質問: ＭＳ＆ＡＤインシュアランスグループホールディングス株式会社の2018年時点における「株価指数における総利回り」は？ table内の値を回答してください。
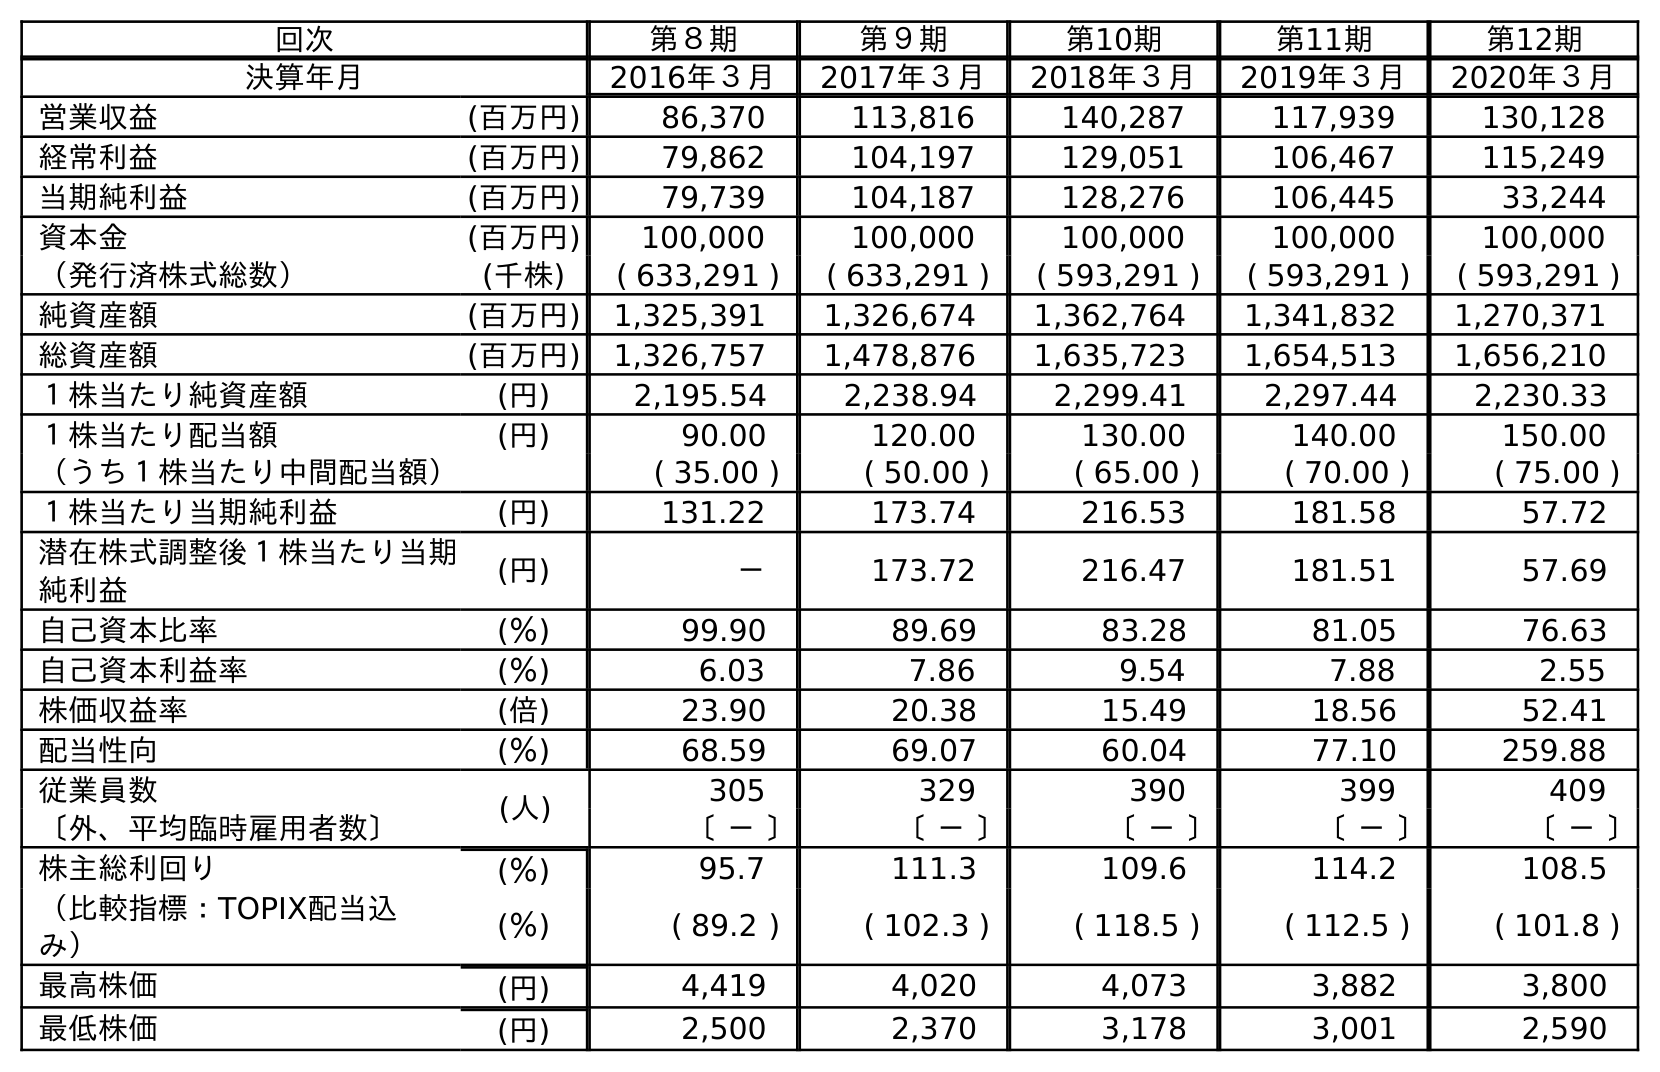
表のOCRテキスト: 回次 第８期 第９期 第10期 第11期 第12期 決算年月 2016年３月 2017年３月 2018年３月 2019年３月 2020年３月 営業収益 (百万円) 86,370 113,816 140,287 117,939 130,128 経常利益 (百万円) 79,862 104,197 129,051 106,467 115,249 当期純利益 (百万円) 79,739 104,187 128,276 106,445 33,244 資本金 (百万円) 100,000 100,000 100,000 100,000 100,000 （発行済株式総数） (千株) ( 633,291 ) ( 633,291 ) ( 593,291 ) ( 593,291 ) ( 593,291 ) 純資産額 (百万円) 1,325,391 1,326,674 1,362,764 1,341,832 1,270,371 総資産額 (百万円) 1,326,757 1,478,876 1,635,723 1,654,513 1,656,210 １株当たり純資産額 (円) 2,195.54 2,238.94 2,299.41 2,297.44 2,230.33 １株当たり配当額 (円) 90.00 120.00 130.00 140.00 150.00 （うち１株当たり中間配当額） ( 35.00 ) ( 50.00 ) ( 65.00 ) ( 70.00 ) ( 75.00 ) １株当たり当期純利益 (円) 131.22 173.74 216.53 181.58 57.72 潜在株式調整後１株当たり当期 純利益 (円) － 173.72 216.47 181.51 57.69 自己資本比率 (％) 99.90 89.69 83.28 81.05 76.63 自己資本利益率 (％) 6.03 7.86 9.54 7.88 2.55 株価収益率 (倍) 23.90 20.38 15.49 18.56 52.41 配当性向 (％) 68.59 69.07 60.04 77.10 259.88 従業員数 (人) 305 329 390 399 409 〔外、平均臨時雇用者数〕 〔 － 〕 〔 － 〕 〔 － 〕 〔 － 〕 〔 － 〕 株主総利回り (％) 95.7 111.3 109.6 114.2 108.5 （比較指標：TOPIX配当込 み） (％) ( 89.2 ) ( 102.3 ) ( 118.5 ) ( 112.5 ) ( 101.8 ) 最高株価 (円) 4,419 4,020 4,073 3,882 3,800 最低株価 (円) 2,500 2,370 3,178 3,001 2,590
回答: (118.5)